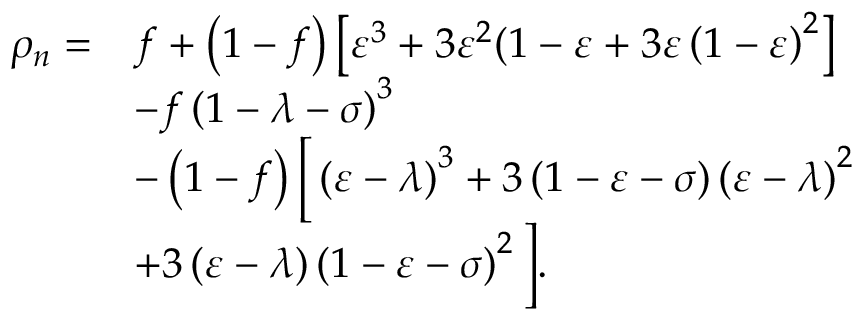
\begin{array} { r l } { \rho _ { n } = } & { f + \left( 1 - f \right) \left[ \varepsilon ^ { 3 } + 3 \varepsilon ^ { 2 } ( 1 - \varepsilon + 3 \varepsilon \left( 1 - \varepsilon \right) ^ { 2 } \right] } \\ & { - f \left( 1 - \lambda - \sigma \right) ^ { 3 } } \\ & { - \left( 1 - f \right) \Big [ \left( \varepsilon - \lambda \right) ^ { 3 } + 3 \left( 1 - \varepsilon - \sigma \right) \left( \varepsilon - \lambda \right) ^ { 2 } } \\ & { + 3 \left( \varepsilon - \lambda \right) \left( 1 - \varepsilon - \sigma \right) ^ { 2 } \Big ] . } \end{array}